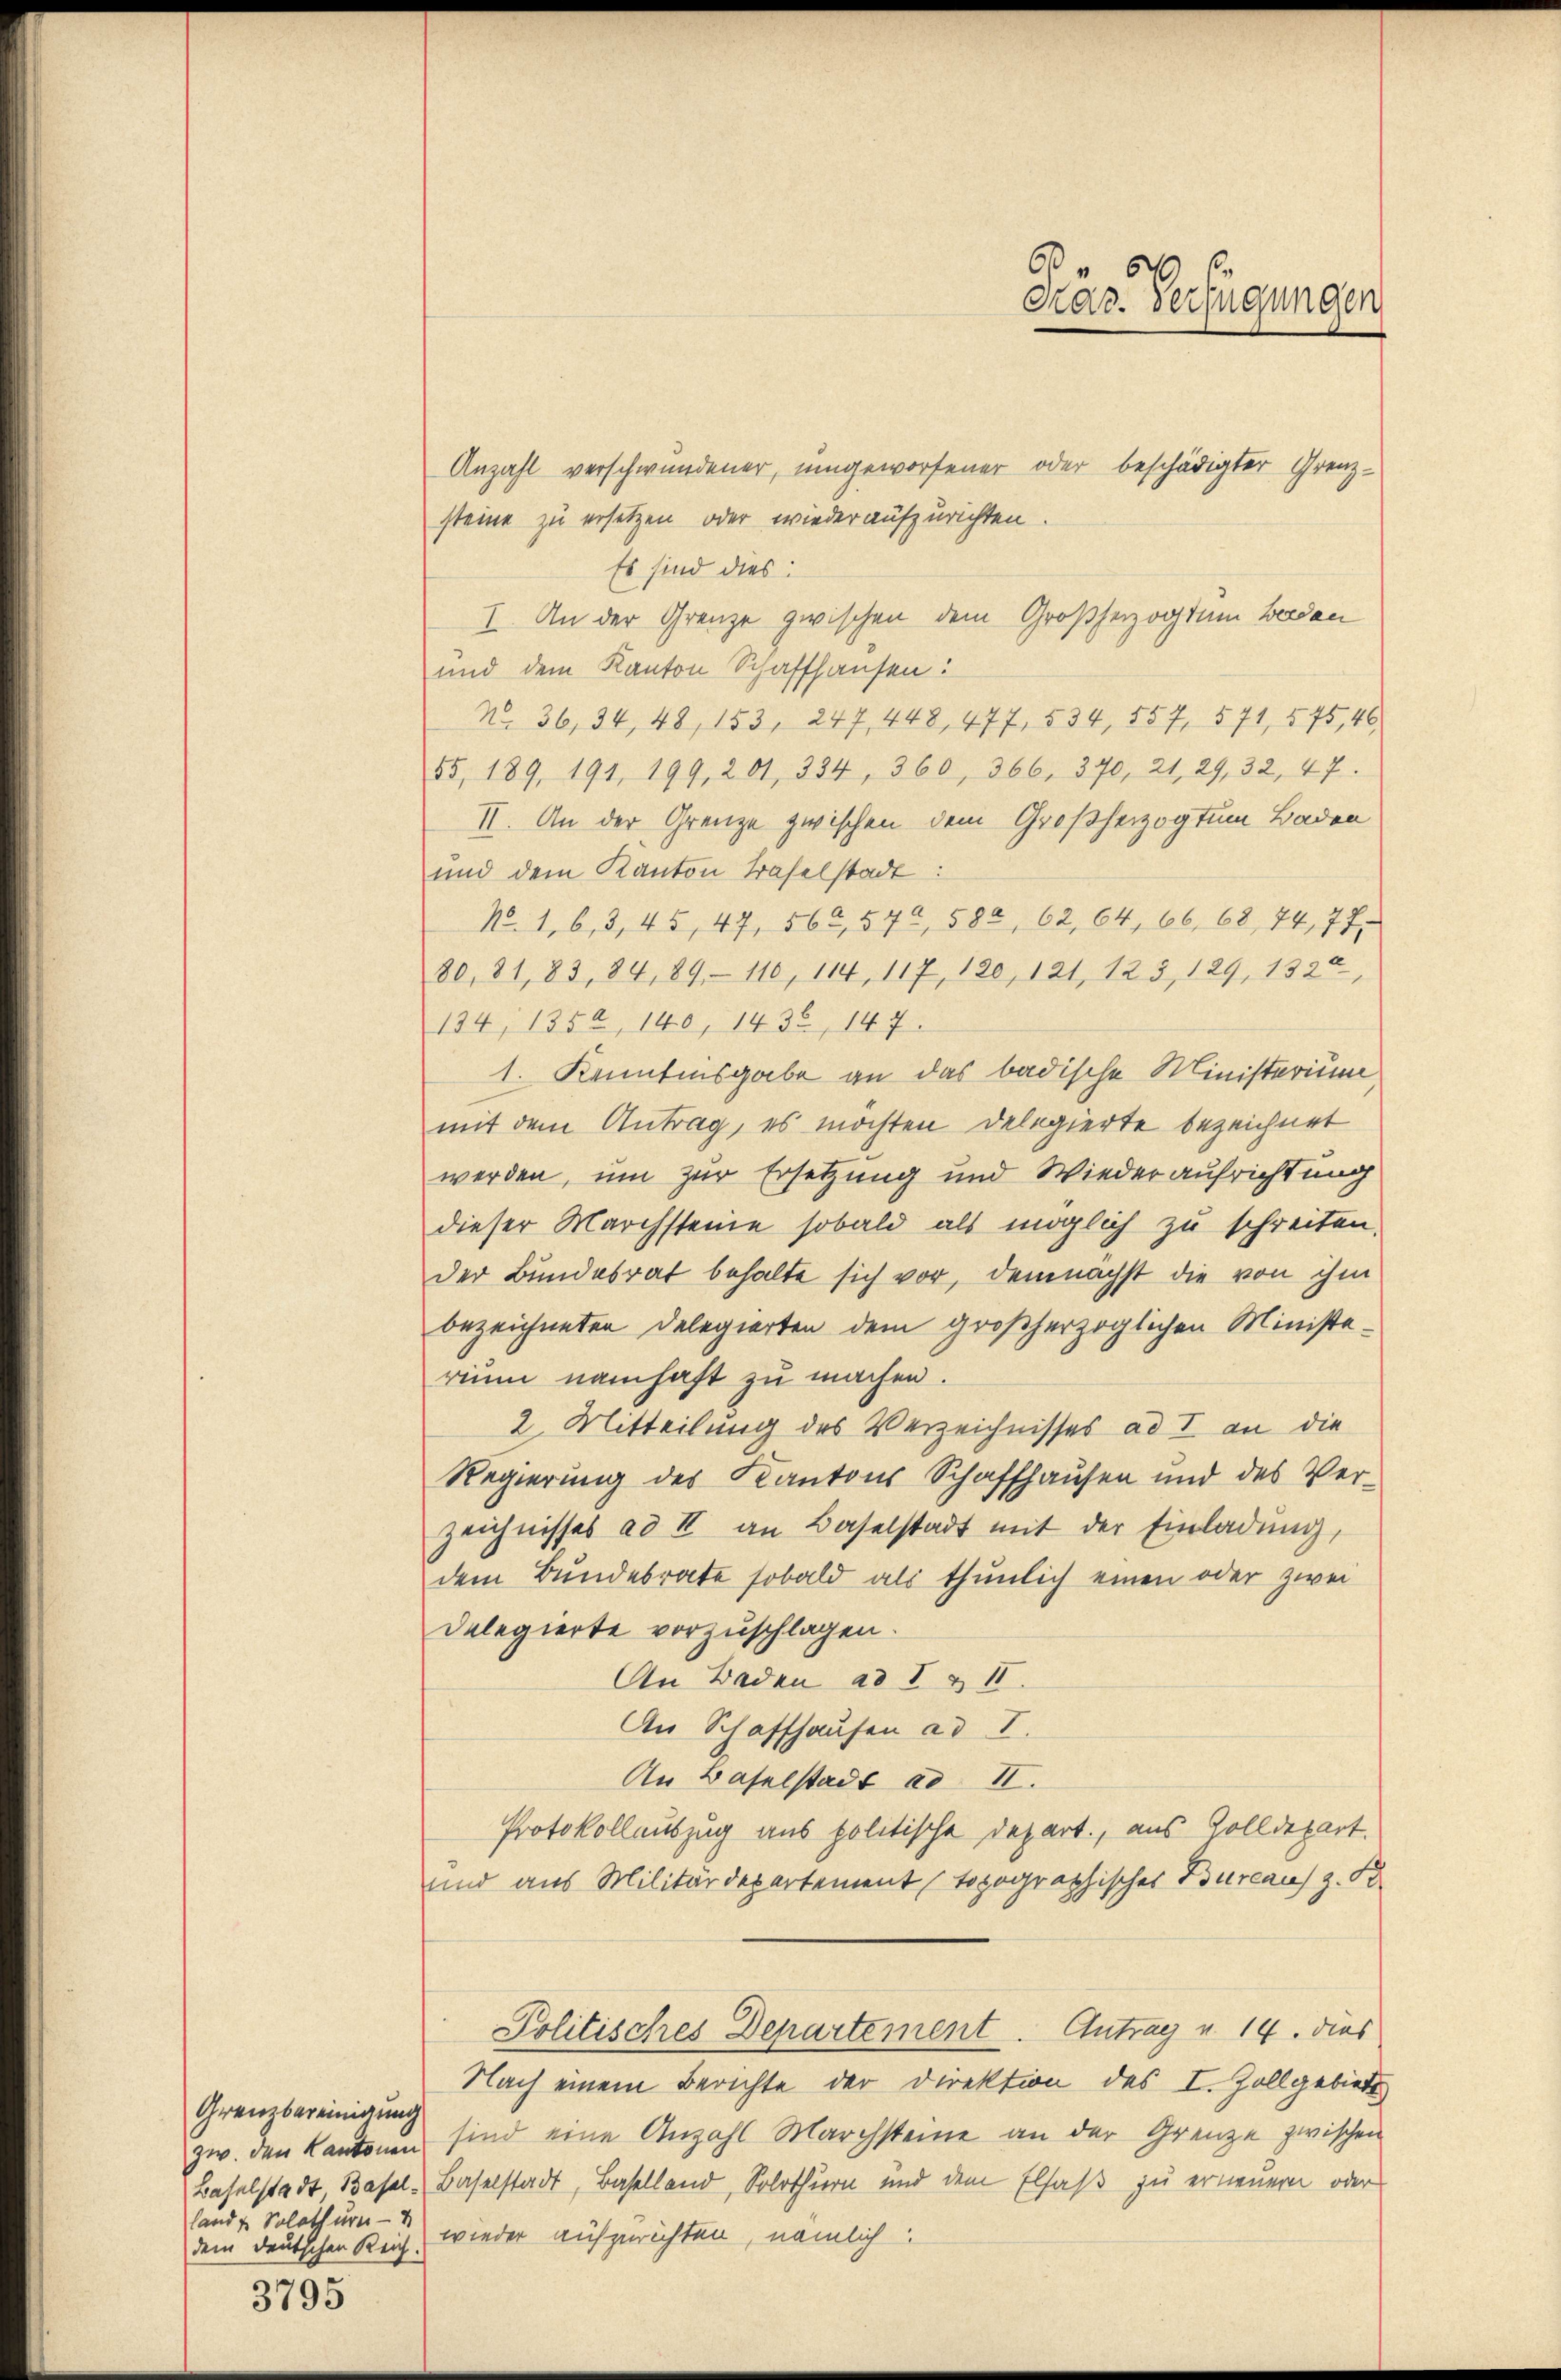
Grenzbereinigung
land u. Solothurn —
3795

Anzahl verschwundener, umgeworfener oder beschädigter Grenzsteine zu ersetzen oder wieder aufzurichten.
Es sind dies:
I. An der Grenze zwischen dem Großherzogtum beiden
und dem Kanton Schaffhausen:
No. 36, 34, 48, 153, 247, 448, 477, 534, 557. 571, 575, 46
55, 189, 191, 199, 201, 334, 360, 366, 370, 21, 29, 32, 47.
II. An der Grenze zwischen dem Großherzogtum Baden
und dem Kanton Baselstadt:
N. 1, 6, 3, 45, 47, 562, 574, 584, 62, 64, 66. 68, 74, 77,
80, 31, 83, 84, 89, 110, 114, 117, 120, 121, 125, 129, 1320,
134, 1352, 140, 1436, 147.
1. Kenntnisgabe an das badische Ministerium
mit dem Antrag, es möchten Delegierte bezeichnet
werden, um zur Ersetzung und Wiederaufrichtung
dieser Marchsteine sobald als möglich zu schreiten.
der Bundesrat behalte sich vor, demnächst die von ihm
bezeichneten Delegierten dem großherzoglichen Ministerium namhaft zu machen.
2. Mitteilung des Verzeichnisses ad I an die
Regierung des Kantons Schaffhausen und des Verzeichnisses ad II an Baselstadt mit der Einladung,
dem Bundesrate sobald als thunlich einen oder zwei
Delegierte vorzuschlagen.
An Baden ad I & II.
An Schaffhausen ad I.
An Baselstadt ad II.
Protokollauszug aus politische Depart., aus Zolldepart.
und aus Militärdepartement topographischer Bureau z. B.
Politisches Departement. Antrag u. 14. dies
Nach einem Berichte der Direktion des I. Zollgebiete
zw. den Kantonen sind eine Anzahl Marchsteine an der Grenze zwischen
Baselstadt Basel, Baselstadt, Baselland, Solothurn und dem Elsaß zu erneuern, oder
dem deutschen Reich, wieder aufzurichten, nämlich

Fräs. Verfügungen